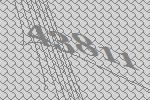
43811